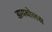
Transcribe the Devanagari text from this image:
डायबोलस